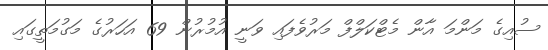
ސުއިގެ މަންމަ އާން މެޓްކަލްފް މަރުވެފައި ވަނީ އުމުރުން 69 އަަހަރުގެ މަގުމަތީގައި